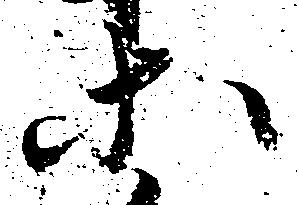
等